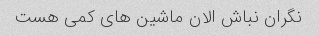
نگران نباش الان ماشین های کمی هست